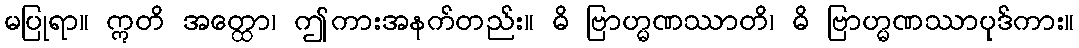
မပြုရာ။ ဣတိ အတ္ထော၊ ဤကားအနက်တည်း။ ဓိ ဗြာဟ္မဏဿာတိ၊ ဓိ ဗြာဟ္မဏဿာပုဒ်ကား။